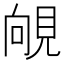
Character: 䚁